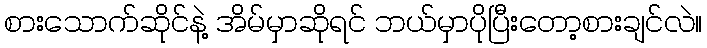
စားသောက်ဆိုင်နဲ့ အိမ်မှာဆိုရင် ဘယ်မှာပိုပြီးတော့စားချင်လဲ။